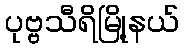
ပုဗ္ဗသီရိမြို့နယ်